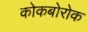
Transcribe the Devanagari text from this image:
कोकबोरोक